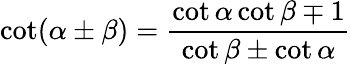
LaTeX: \cot(\alpha\pm\beta)={\frac{\cot\alpha\cot\beta\mp 1}{\cot\beta\pm\cot\alpha}}